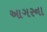
આગરના